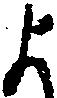
よ